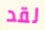
لقد